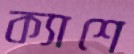
ক্যাশে